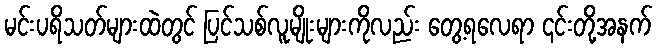
မင်းပရိသတ်များထဲတွင် ပြင်သစ်လူမျိုးများကိုလည်း တွေ့ရလေရာ ၎င်းတို့အနက်